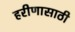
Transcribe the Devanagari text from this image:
हरीणासाठी